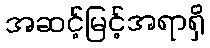
အဆင့်မြင့်အရာရှိ